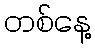
တစ်နေ့